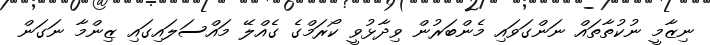
ނިޒާމީ ނުކުތާތައް ނަންގަވައި މެންބަރުން ވިދާޅުވީ ކޯރަމްގެ ގެއްލޭ މައްސަލައިގައި ޒިންމާ ނަގަން